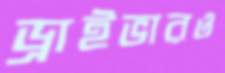
ড্রাইভারও